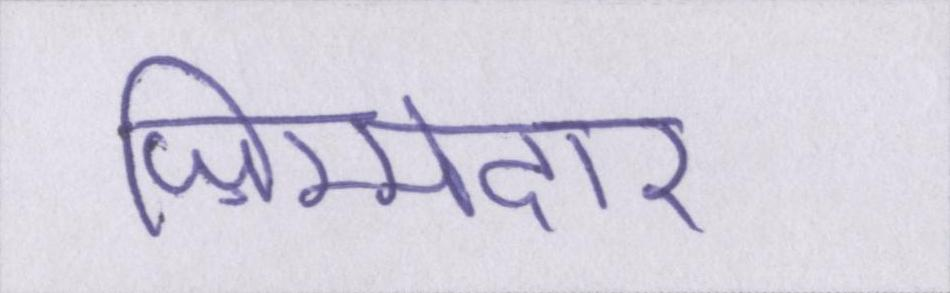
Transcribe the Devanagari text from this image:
ज़िम्मेदार